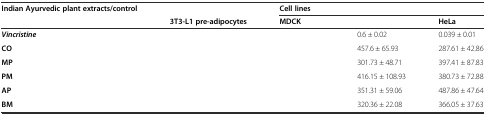
<table><thead><tr><td><b>Indian Ayurvedic plant extracts/control</b></td><td>[EMPTY_CELL]</td><td colspan="3"><b>Cell lines</b></td></tr><tr><td>[EMPTY_CELL]</td><td><b>3T3-L1 pre-adipocytes</b></td><td><b>MDCK</b></td><td>[EMPTY_CELL]</td><td><b>HeLa</b></td></tr></thead><tbody><tr><td><b><i>Vincristine</i></b></td><td>[EMPTY_CELL]</td><td>[EMPTY_CELL]</td><td>0.6 ± 0.02</td><td>0.039 ± 0.01</td></tr><tr><td><b>CO</b></td><td>[EMPTY_CELL]</td><td>[EMPTY_CELL]</td><td>457.6 ± 65.93</td><td>287.61 ± 42.86</td></tr><tr><td><b>MP</b></td><td>[EMPTY_CELL]</td><td>[EMPTY_CELL]</td><td>301.73 ± 48.71</td><td>397.41 ± 87.83</td></tr><tr><td><b>PM</b></td><td>[EMPTY_CELL]</td><td>[EMPTY_CELL]</td><td>416.15 ± 108.93</td><td>380.73 ± 72.88</td></tr><tr><td><b>AP</b></td><td>[EMPTY_CELL]</td><td>[EMPTY_CELL]</td><td>351.31 ± 59.06</td><td>487.86 ± 47.64</td></tr><tr><td><b>BM</b></td><td>[EMPTY_CELL]</td><td>[EMPTY_CELL]</td><td>320.36 ± 22.08</td><td>366.05 ± 37.63</td></tr></tbody></table>